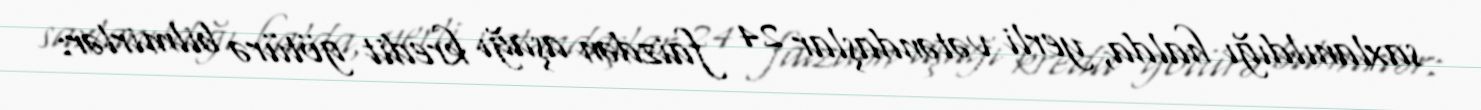
saxlanıldığı halda, yerli vətəndaşlar 24 faizdən aşağı kredit götürə bilmirlər: